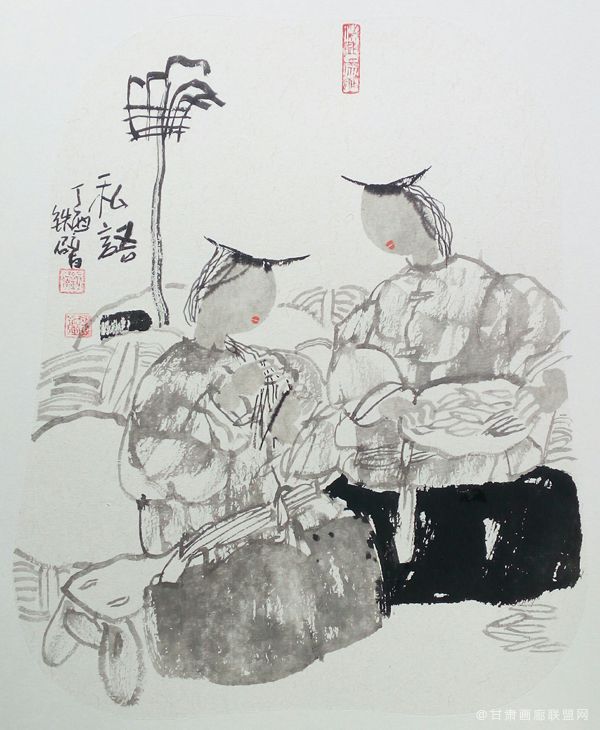
想边鸿孤唳，砌蛩私语。